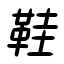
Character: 鞋